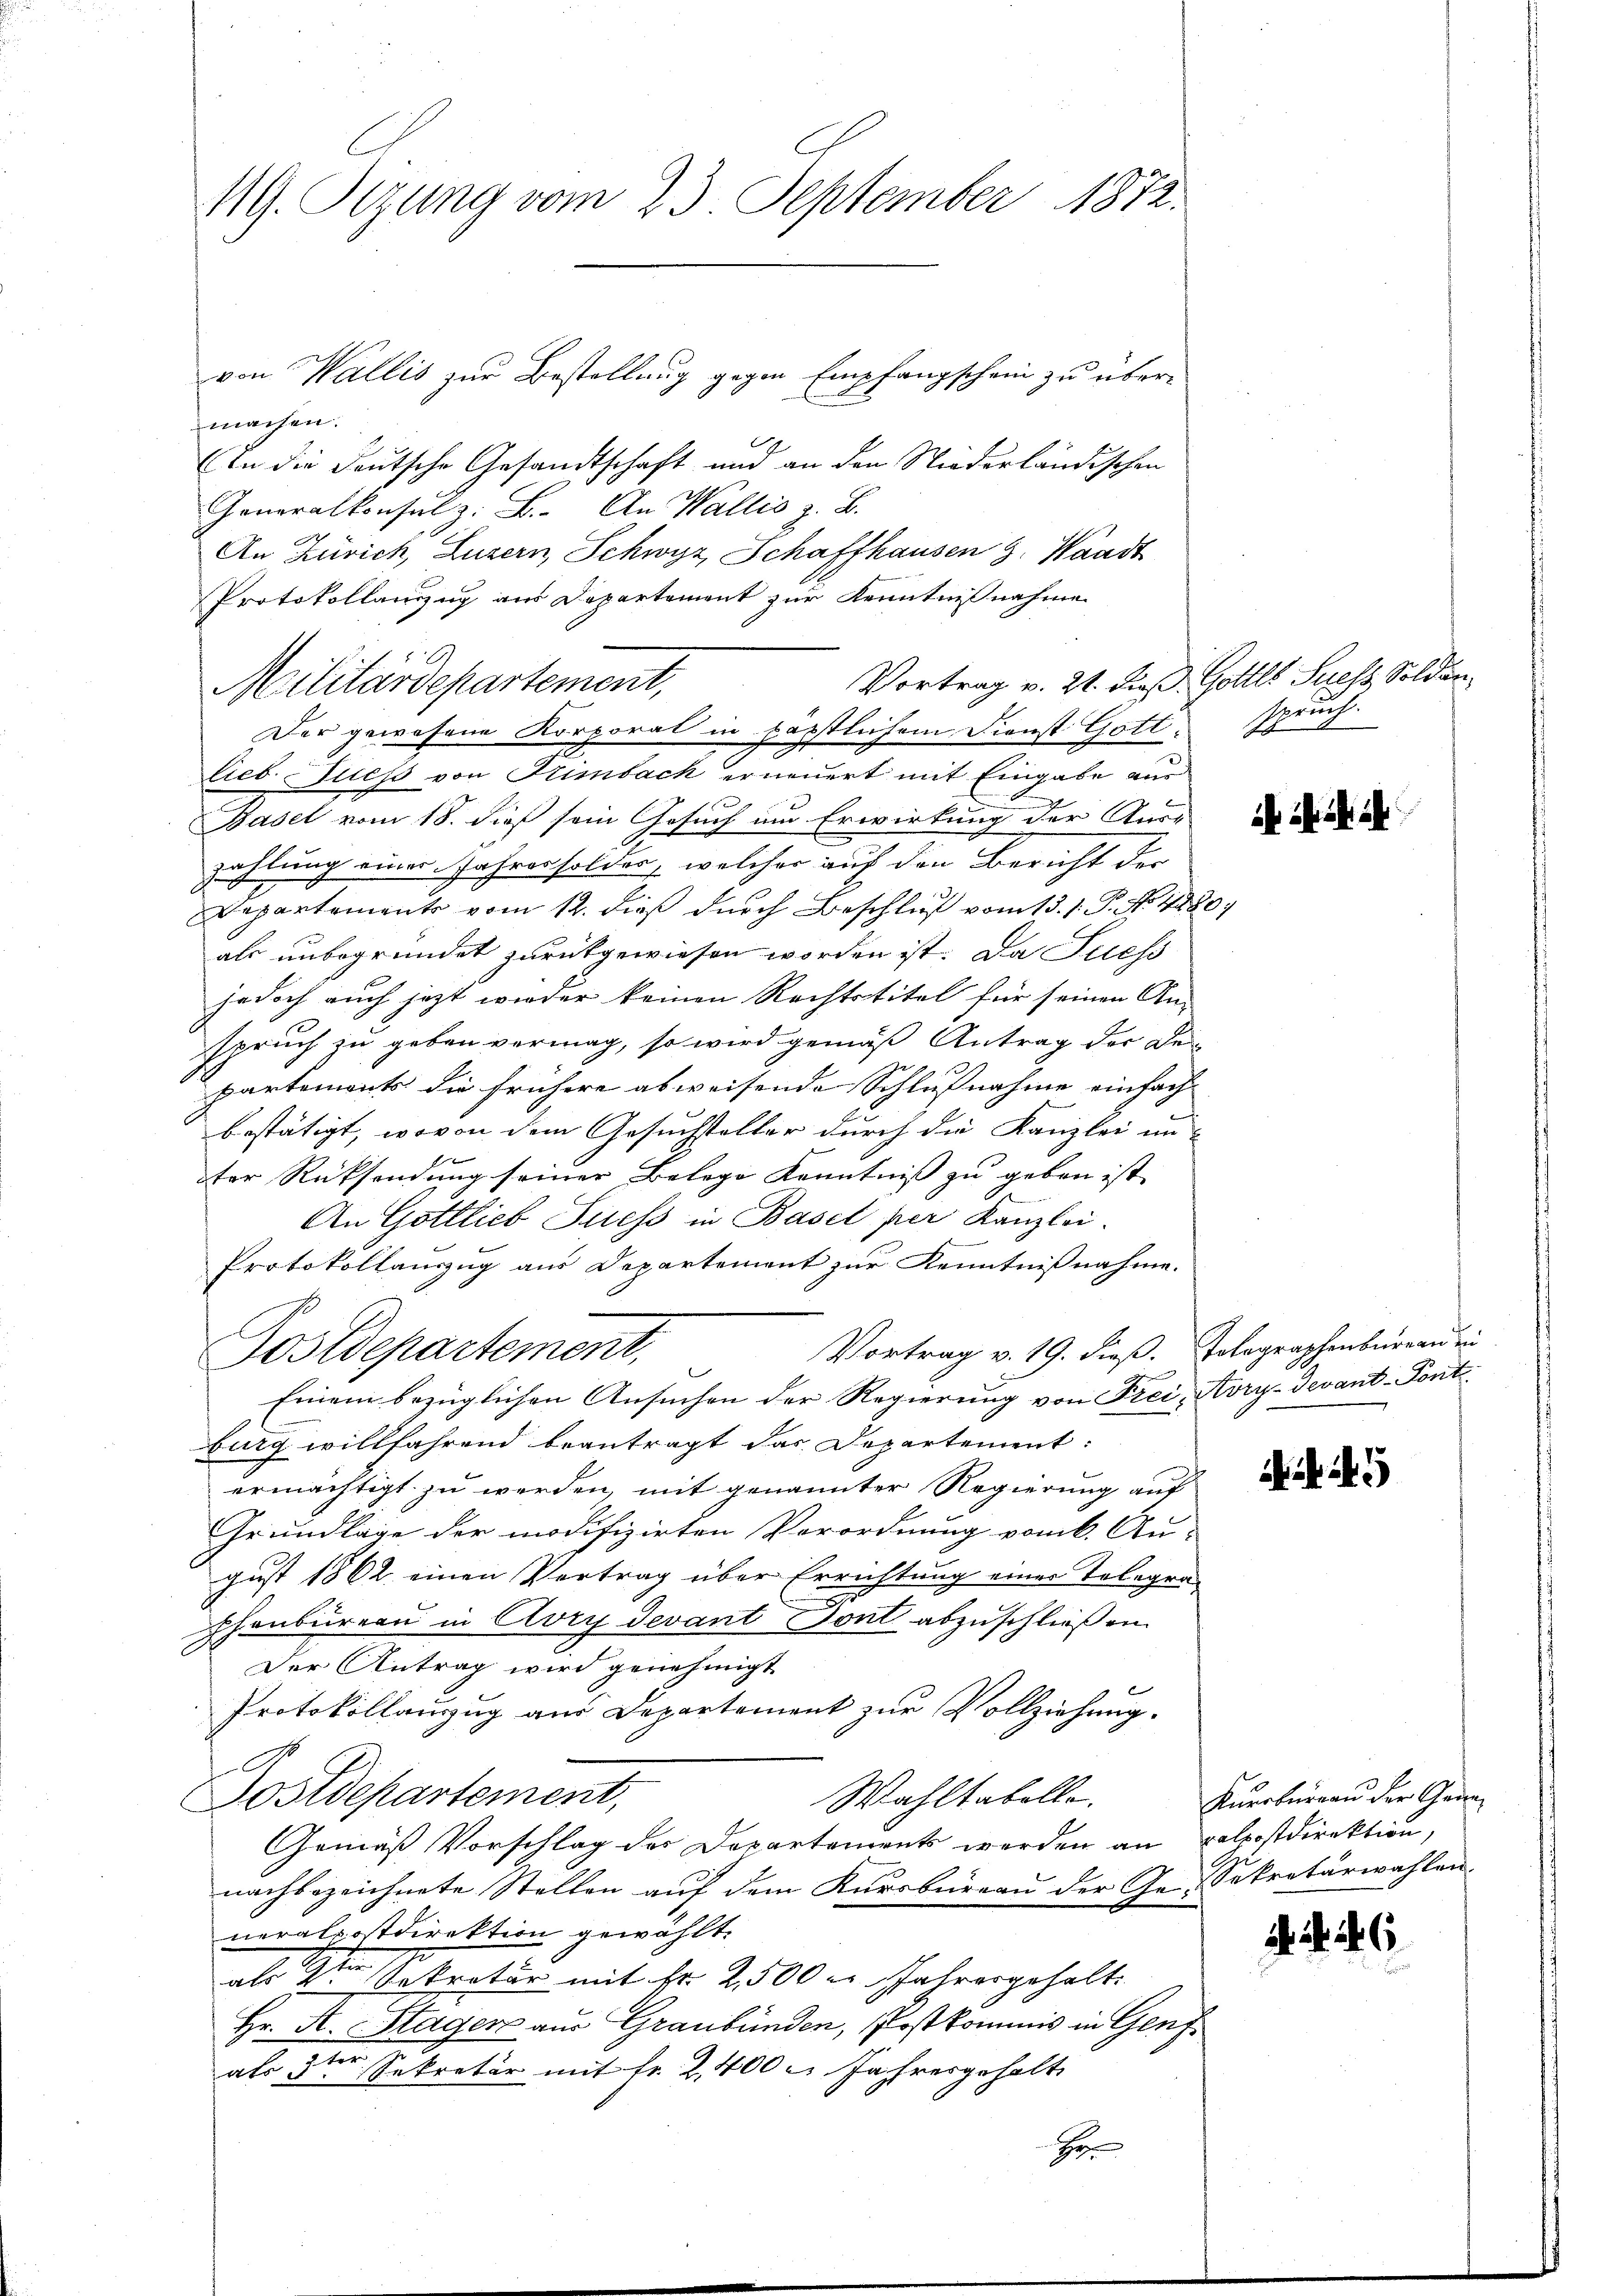
119. Sizung vom 23. September 1872.

von Wallis zur Bestellung gegen Empfangschein zu übermachen.
x
2
(in die deutsche Gesandtschaft und an den Niederländischen
Generalkonsul z. B. An Wallis z. B.
An Zürich, Luzern, Schwyz, Schaffhausen 3. Waadt
Protokollanzug aus Departement zur Kenntnisnahme
lieb. Sies von Grimbach erneuert mit Eingabe aus
Basel vom 18. dieß sein Gesuch um Erwirkung der Auss
zahlung einer Jahres solder, welcher auf den Bericht der
Departements vom 12. dieß durch Beschluß vom 13. 1. P. No. 4480.
als unbegründet zurükgewiesen worden ist. Da Fuess
jedoch auch jetzt wieder keinen Rechtstitel für seinen An-
spruch zu geben vermag, so wird gemäß Antrag der Departemonts die frühere abweisende Schlußnahme einfach
bestätigt, wovon dem Gesuchsteller durch die Kanzlei un-

ter Rücksendung seiner Belege Kenntniß zu geben ist,
An Gottlieb Suess in Basel per Kanzlei.
Protokollanzug aus Departement zur Kenntnißnahme.
Vortrag v. 19. dieß. Telegraphenburg an ein
Postdepartement,
Einem bezüglichen Ansuchen der Regierung von Frei, Avry-devant-Pontburg willfahrend beantragt das Departement:
ermächtigt zu werden, mit genannter Regierung auf
Grundlage der modifizirten Verordnung vom k. Au-
gust 1862 einen Vertrag über Errichtung einer Telegra¬
Chenbürern in Avry Devant Sont abzuschließen.
Der Antrag wird genehmigt
Protokollanzug aus Departement zur Vollziehung.
C
Postdepartement,
Wahltabelle.
Gemäß Vorschlag der Departements werden an Kolpostdirektion,
nachbezeichnete Stellen auf dem Kursbureau der Ge-Sekretärwahlen-
neralpostdirektion gewählt.
als St. Sokratur mit fr. 2500 u. Jahrergehalt.
Hr. A. Stagen aus Graubünden, Postkommis in Genf
als 3ter Sekretär mit fr. 2400 l. Jahresgehalt
H

Militärdepartement,

Vortrag v. 21. dieß Gottes Sees Soldin
Der gewesene Korporat in päpstlichem Dienst Gott.

spruch.

a . .

Kurobureau der Gene¬

. 46